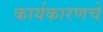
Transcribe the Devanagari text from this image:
कार्यकारणचे